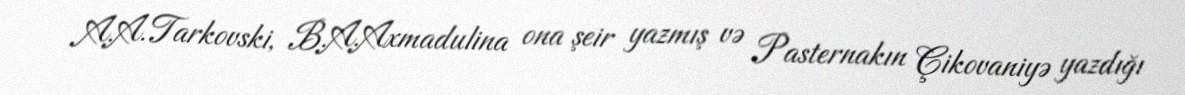
A.A.Tarkovski, B.A.Axmadulina ona şeir yazmış və Pasternakın Çikovaniyə yazdığı